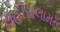
સહીસલામત